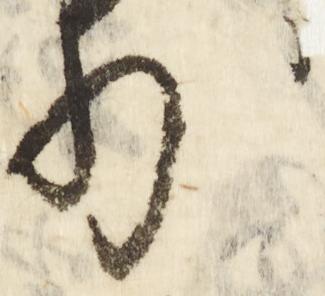
外